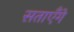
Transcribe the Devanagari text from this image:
सताएँगे